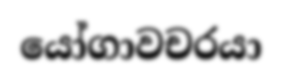
යෝගාවචරයා